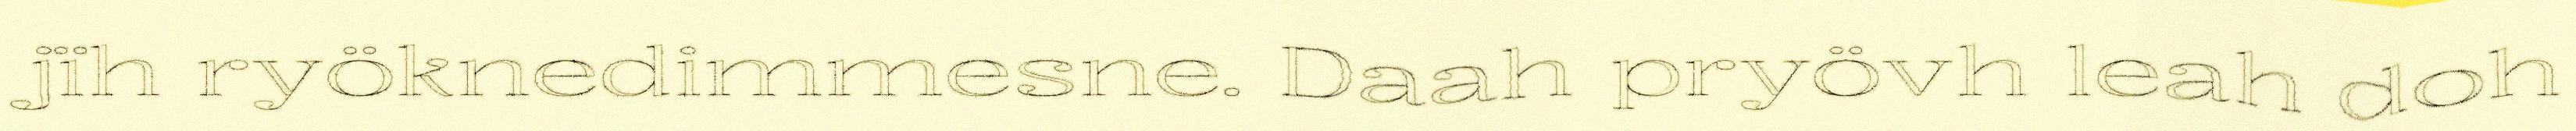
jïh ryöknedimmesne. Daah pryövh leah doh